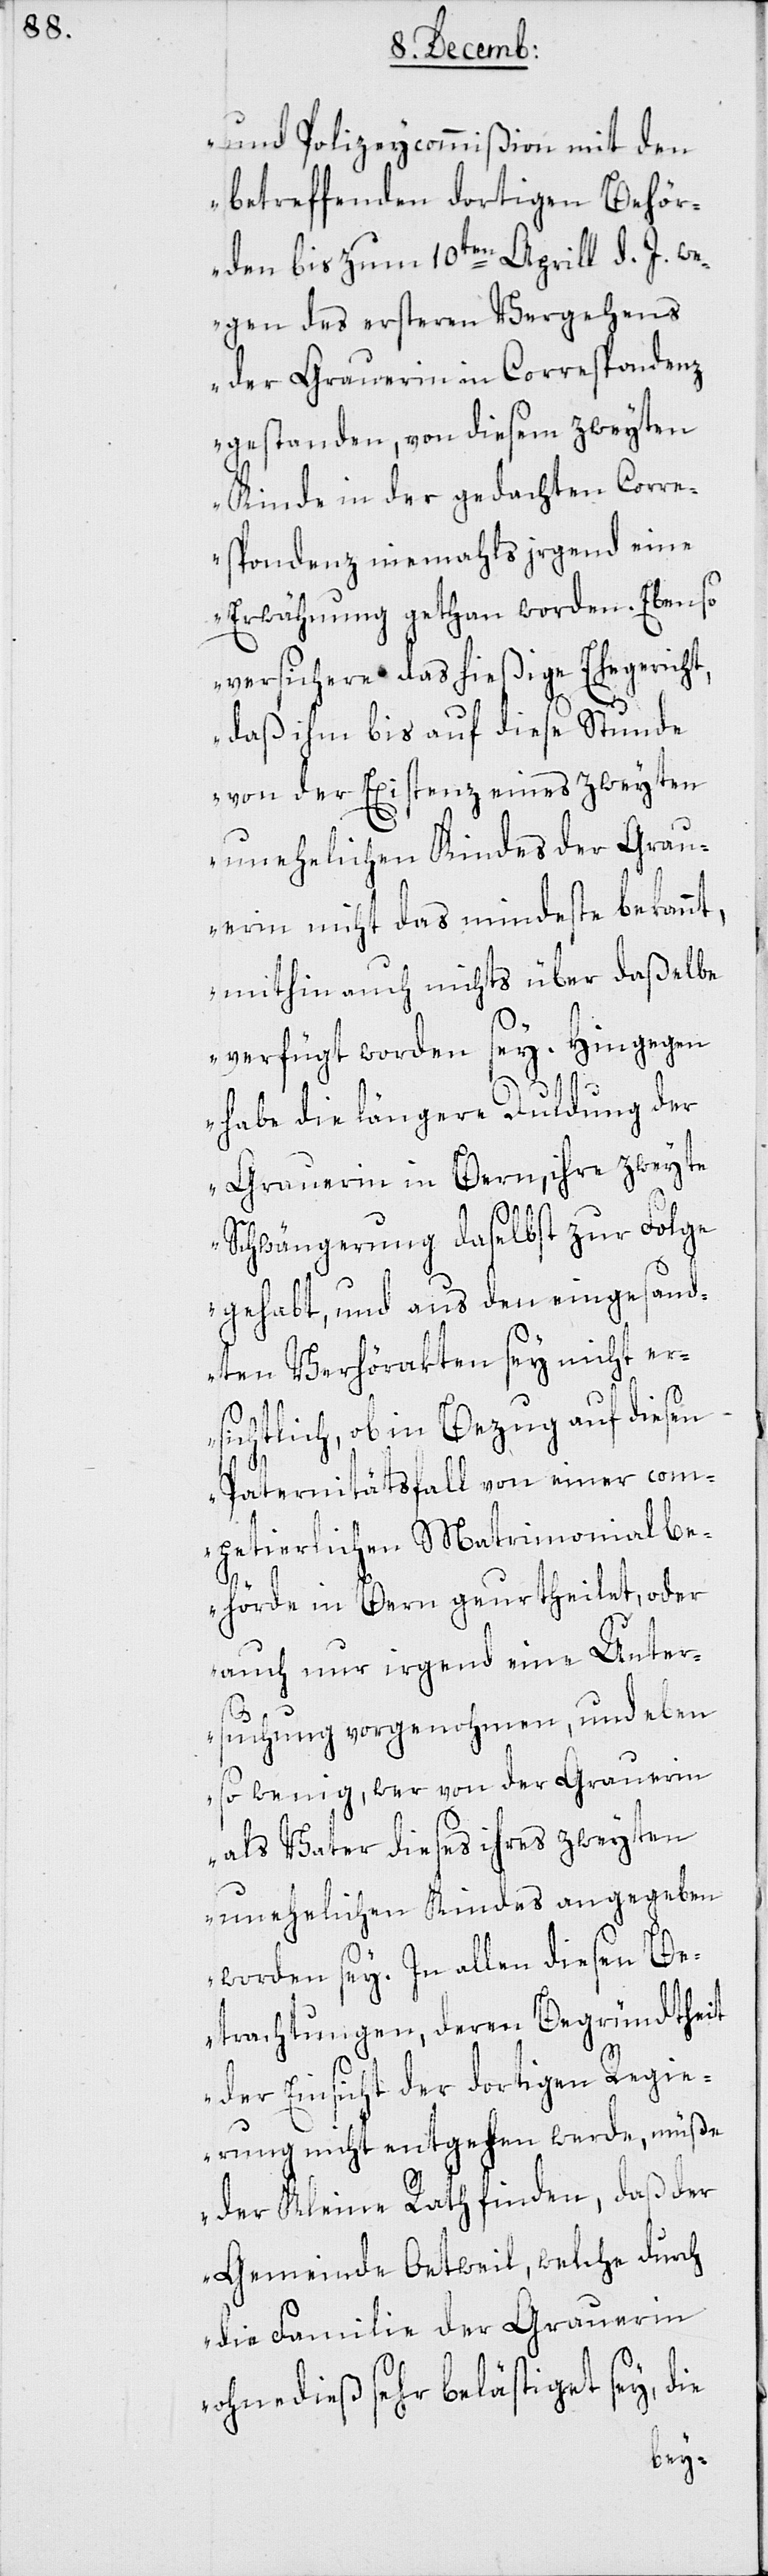
und Polizeycommißion mit den
betreffenden dortigen Behör¬
den bis zum 10ten Aprill d. J. we¬
gen des ersteren Vergehens
der Grauerin in Correspondenz
gestanden, von diesem zweyten
Kinde in der gedachten Corre¬
spondenz niemahls irgend eine
Erwähnung gethan worden. Ebenso
versichere das hießige Ehegericht,
daß ihm bis auf diese Stunde
von der Existenz eines zweyten
unehelichen Kindes der Grau¬
erin nicht das mindeste bekannt,
mithin auch nichts über daßelbe
verfügt worden sey. Hingegen
habe die längere Duldung der
Grauerin in Bern, ihre zweyte
Schwängerung daselbst zur Folge
gehabt, und aus den eingesand¬
ten Verhörakten sey nicht er¬
sichtlich, ob in Bezug auf diesen
Paternitätsfall von einer com¬
petierlichen Matrimonialbe¬
hörde in Bern geurtheilt, oder
auch nur irgend eine Unter¬
suchung vorgenohmen, und eben¬
so wenig, wer von der Grauerin
als Vater dieses ihres zweyten
unehelichen Kindes angegeben
worden sey. In allen diesen Be¬
trachtungen, deren Begründtheit
der Einsicht der dortigen Regie¬
rung nicht entgehen werde, müße
der Kleine Rath finden, daß der
Gemeinde Oetwil, welche durch
die Familie der Grauerin
ohnedieß sehr belästiget sey, die